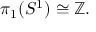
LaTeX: \pi _ { 1 } ( S ^ { 1 } ) \cong \mathbb { Z } .